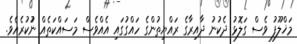
މަޚްލޫފު ވެސް ގަލޮޅު ދެކުނު ދާއިރާގެ ރައްޔިތުންގެ ހައްގުގައި އެއްވެސް މަސައްކަތެއް ނުުކުރެއެވެ.